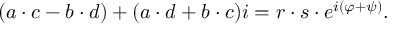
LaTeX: ( a \cdot c - b \cdot d ) + ( a \cdot d + b \cdot c ) i = r \cdot s \cdot e ^ { i ( \varphi + \psi ) } .